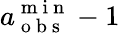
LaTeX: a_{\mathrm{~o~b~s~}}^{\mathrm{~m~i~n~}}-1